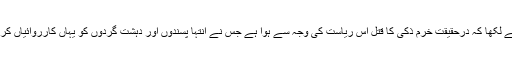
صحافی طحہٰ صدیقی نے لکھا کہ درحقیقت خرم ذکی کا قتل اس ریاست کی وجہ سے ہوا ہے جس نے انتہا پسندوں اور دہشت گردوں کو یہاں کارروائیاں کرنے کی اجازت دی ہے۔